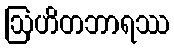
ဩဟိတဘာရဿ